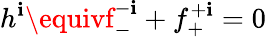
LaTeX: h^{\mathbf{i}}\equivf_{-}^{-\mathbf{i}}+f_{+}^{+\mathbf{i}}=0